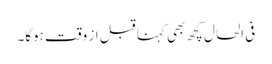
فی الحال کچھ بھی کہنا قبل از وقت ہوگا۔